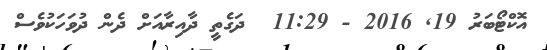
އޮކްޓޯބަރު 19